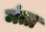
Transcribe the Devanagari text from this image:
मंता